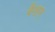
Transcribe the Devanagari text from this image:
वैशम